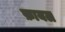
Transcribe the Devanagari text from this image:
फ़ायल